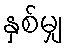
နှစ်မျှ